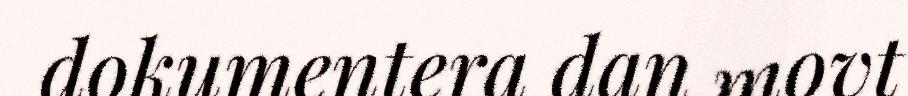
dokumentera dan movt